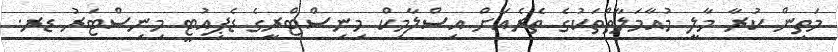
މަތިން ކުރާ މާލީ މުއާމަލާތްތަކުގެ ތެރެއަށް އިސްލާމިކް މިނިސްޓްރީގެ ޑެޕިއުޓީ މިނިސްޓަރު ޑރ.